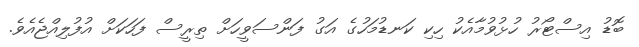
ބޮޑު އިސްޓޯރު ހުޅުވުމާއެކު ހިކި ކަނޑުމަހުގެ އަގު ފަންސަވީހަށް ތިރީސް ފަހަކަށް އުފުލިއްޖެއެވެ.